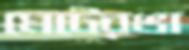
মেটেরঙা